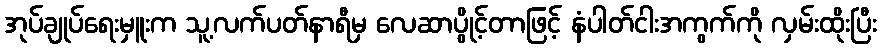
အုပ်ချုပ်ရေးမှူးက သူ့လက်ပတ်နာရီမှ လေဆာပွိုင့်တာဖြင့် နံပါတ်ငါးအကွက်ကို လှမ်းထိုးပြီး